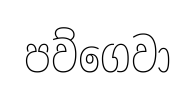
පව්ගෙවා